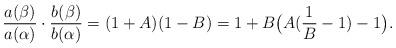
LaTeX: \begin{align*}\frac{a(\beta)}{a(\alpha)}\cdot \frac{b(\beta)}{b(\alpha)}=(1+A)(1-B)=1+B\big( A(\frac{1}{B}-1)-1\big). \end{align*}